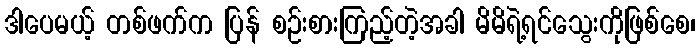
ဒါပေမယ့် တစ်ဖက်က ပြန် စဉ်းစားကြည့်တဲ့အခါ မိမိရဲ့ရင်သွေးကိုဖြစ်စေ၊